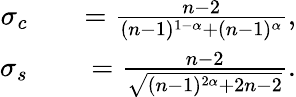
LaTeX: \begin{array}{rlr}{\sigma_{c}}&{{}}&{=\frac{n-2}{(n-1)^{1-\alpha}+(n-1)^{\alpha}},}\\ {\sigma_{s}}&{{}}&{=\frac{n-2}{\sqrt{(n-1)^{2\alpha}+2n-2}}.}\end{array}